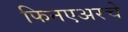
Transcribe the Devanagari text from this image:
फिनएअरचे